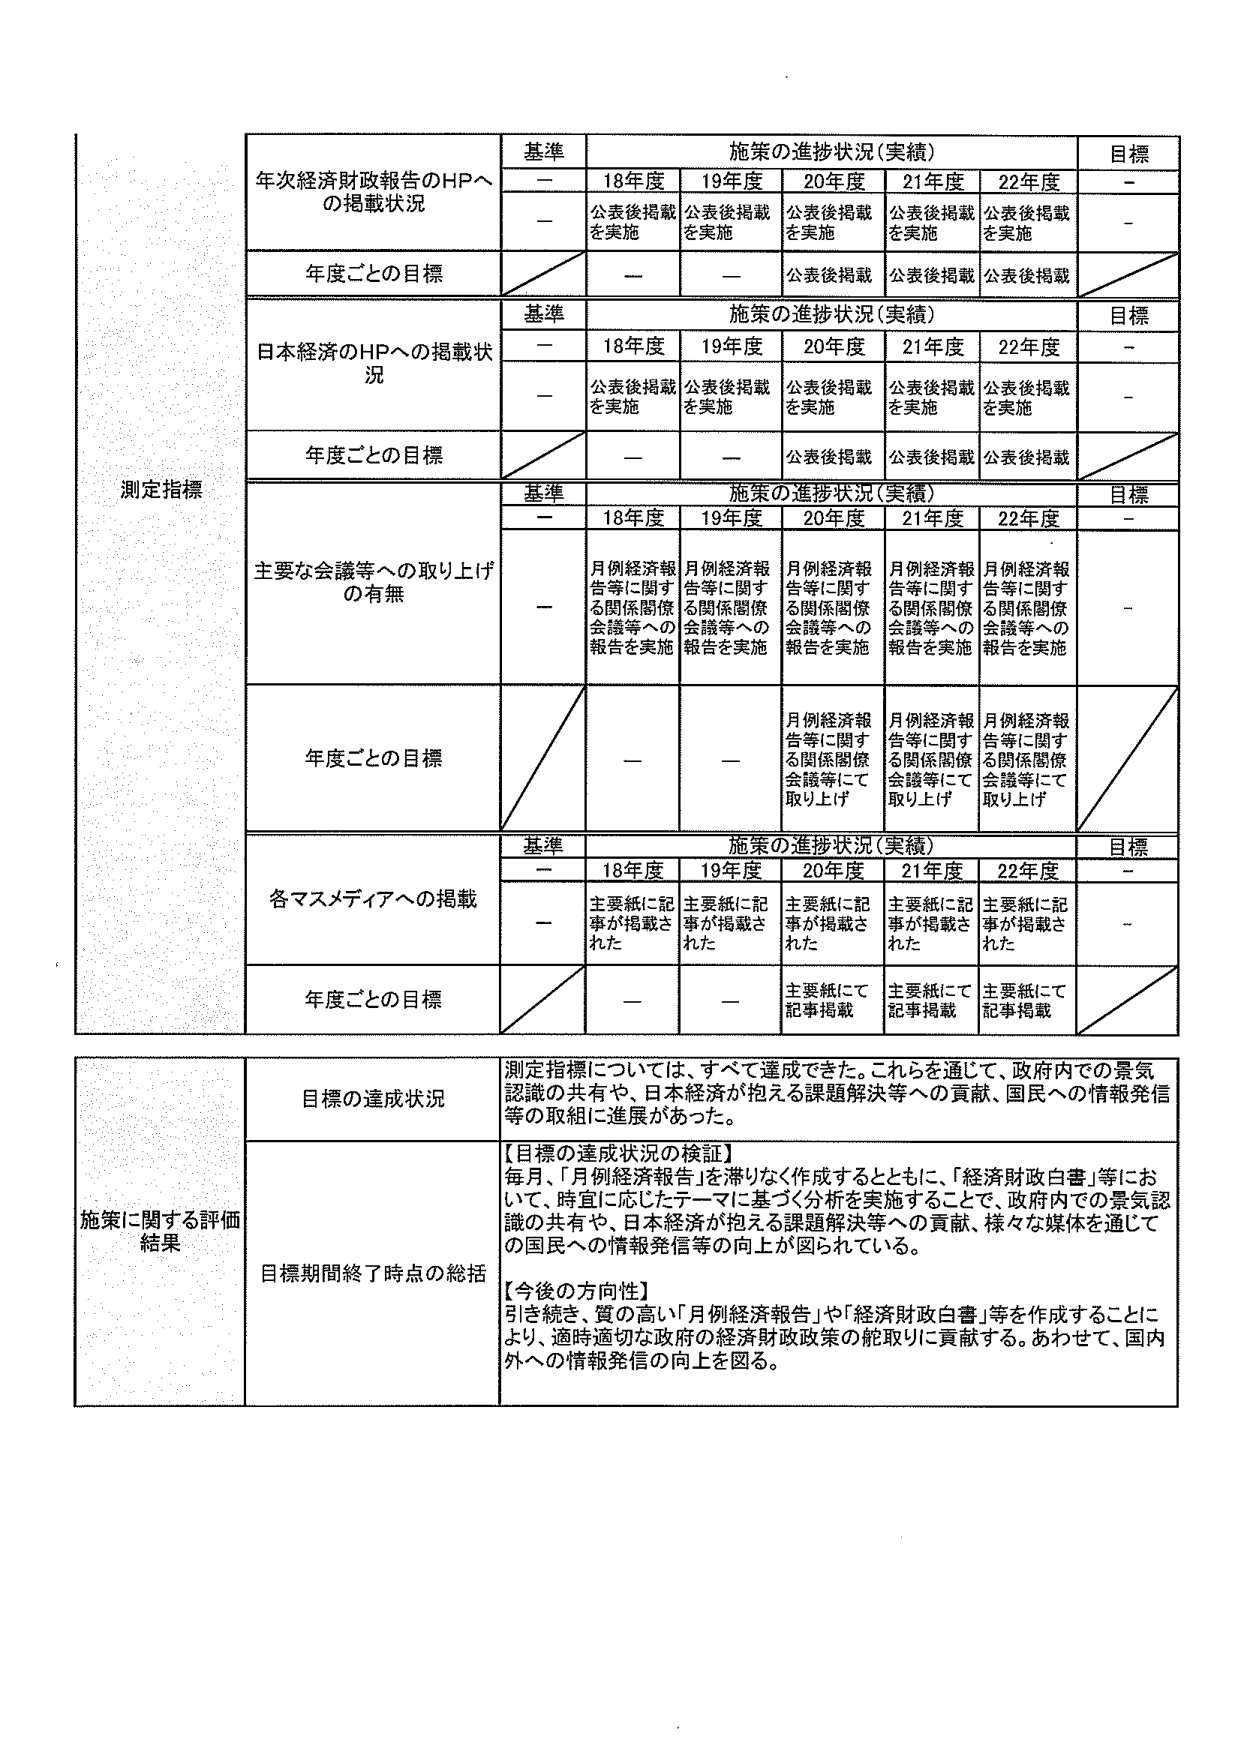
測定指標

年次経済財政報告のHPへの掲載状況
基準
施策の進捗状況（実績）
目標
－
18年度
19年度
20年度
21年度
22年度
－
－
公表後掲載を実施
公表後掲載を実施
公表後掲載を実施
公表後掲載を実施
公表後掲載を実施
－
年度ごとの目標
－
－
公表後掲載
公表後掲載
公表後掲載

日本経済のHPへの掲載状況
基準
施策の進捗状況（実績）
目標
－
18年度
19年度
20年度
21年度
22年度
－
－
公表後掲載を実施
公表後掲載を実施
公表後掲載を実施
公表後掲載を実施
公表後掲載を実施
－
年度ごとの目標
－
－
公表後掲載
公表後掲載
公表後掲載

主要な会議等への取り上げの有無
基準
施策の進捗状況（実績）
目標
－
18年度
19年度
20年度
21年度
22年度
－
－
月例経済報告等に関する関係関係会議等への報告を実施
月例経済報告等に関する関係関係会議等への報告を実施
月例経済報告等に関する関係関係会議等への報告を実施
月例経済報告等に関する関係関係会議等への報告を実施
月例経済報告等に関する関係関係会議等への報告を実施
－
年度ごとの目標
－
－
月例経済報告等に関する関係関係会議等にて取り上げ
月例経済報告等に関する関係関係会議等にて取り上げ
月例経済報告等に関する関係関係会議等にて取り上げ

各マスメディアへの掲載
基準
施策の進捗状況（実績）
目標
－
18年度
19年度
20年度
21年度
22年度
－
－
主要紙に記事が掲載された
主要紙に記事が掲載された
主要紙に記事が掲載された
主要紙に記事が掲載された
主要紙に記事が掲載された
－
年度ごとの目標
－
－
主要紙にて記事掲載
主要紙にて記事掲載
主要紙にて記事掲載

施策に関する評価結果

目標の達成状況
測定指標については、すべて達成できた。これらを通じて、政府内での景気認識の共有や、日本経済が抱える課題解決等への貢献、国民への情報発信等の取組に進展があった。

目標期間終了時点の総括
【目標の達成状況の検証】
毎月、「月例経済報告」を滞りなく作成するとともに、「経済財政白書」等において、時宜に応じたテーマに基づく分析を実施することで、政府内での景気認識の共有や、日本経済が抱える課題解決等への貢献、様々な媒体を通じての国民への情報発信等の向上が図られている。

【今後の方針性】
引き続き、質の高い「月例経済報告」や「経済財政白書」等を作成することにより、適時適切な政府の経済財政政策の舵取りに貢献する。あわせて、国内外への情報発信の向上を図る。